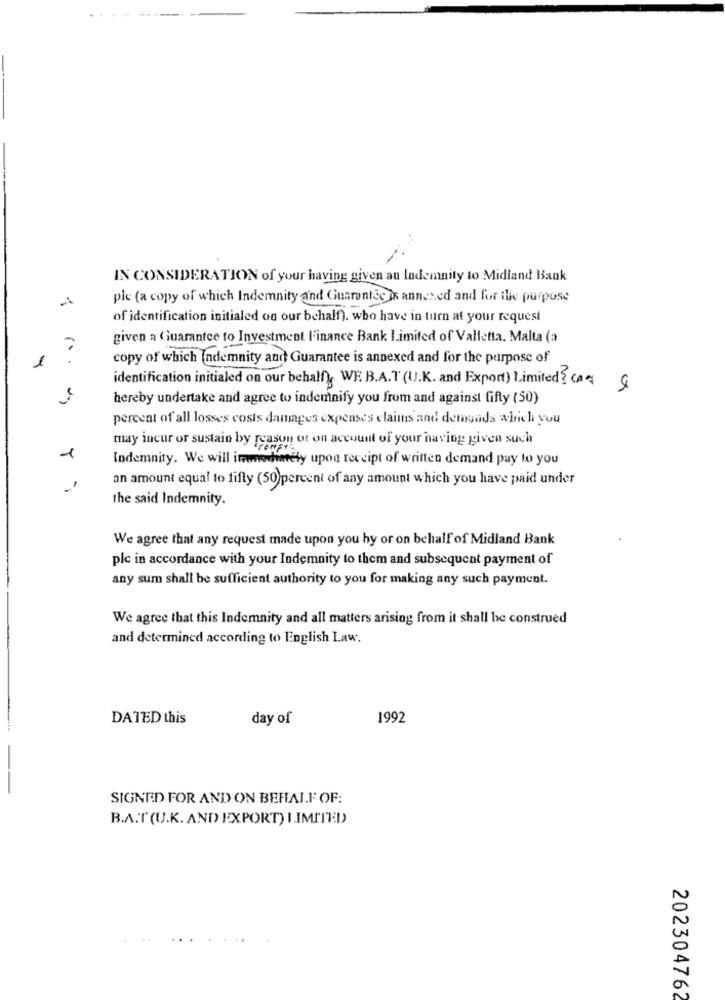
IN CONSIDERATION of your having given au Indemnity to Midland Bank
plc (a copy of which Indemnity and Guarantee is annex ed and for the purpose
of identification initialed on our behalf). who have in turn at your request
given a Guarantee to Investment Finance Bank Limited of Valletta. Malta (a
1
" ..
copy of which Indemnity and Guarantee is annexed and for the purpose of
identification initialed on our behalf WE. B.A.T(IJ.K. and Export) Limited cas
hereby undertake and agree to indemnify you from and against fifty (50)
percent of all losses costs damages expenses claims and demands which you
may incur or sustain by reason ot on account of your having given such
Indemnity. We will immediately upon receipt of written demand pay to you
an amount equal to fifty (50)percent of any amount which you have paid under
the said Indemnity.
We agree that any request made upon you hy or on behalf of Midland Bank
plc in accordance with your Indemnity to them and subsequent payment of
any sum shall be sufficient authority to you for making any such payment.
We agree that this Indemnity and all matters arising from it shall be construed
and determined according to English Law.
DATED this
day of
1992
SIGNED FOR AND ON BEHALF OF:
B.A.T (U.K. AND EXPORT) LIMITED
202304762